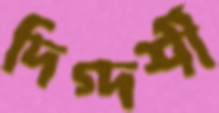
দিগ্‌দর্শী